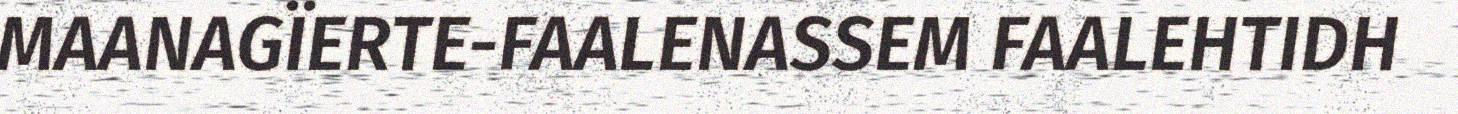
MAANAGÏERTE-FAALENASSEM FAALEHTIDH